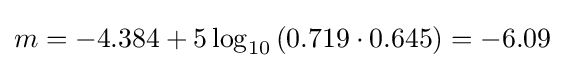
m=-4.384+5\log _{10}{\left(0.719\cdot 0.645\right)}=-6.09